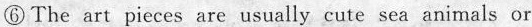
⑥The art pieces are usually cute sea animals or